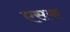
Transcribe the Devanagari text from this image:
एसक